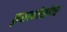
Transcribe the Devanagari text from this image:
कुशलतेसोबत